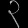
Digit: ၃